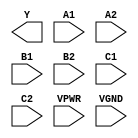
/**
 * Copyright 2020 The SkyWater PDK Authors
 *
 * Licensed under the Apache License, Version 2.0 (the "License");
 * you may not use this file except in compliance with the License.
 * You may obtain a copy of the License at
 *
 *     https://www.apache.org/licenses/LICENSE-2.0
 *
 * Unless required by applicable law or agreed to in writing, software
 * distributed under the License is distributed on an "AS IS" BASIS,
 * WITHOUT WARRANTIES OR CONDITIONS OF ANY KIND, either express or implied.
 * See the License for the specific language governing permissions and
 * limitations under the License.
 *
 * SPDX-License-Identifier: Apache-2.0
 */

`ifndef SKY130_FD_SC_HS__A222OI_PP_BLACKBOX_V
`define SKY130_FD_SC_HS__A222OI_PP_BLACKBOX_V

/**
 * a222oi: 2-input AND into all inputs of 3-input NOR.
 *
 *         Y = !((A1 & A2) | (B1 & B2) | (C1 & C2))
 *
 * Verilog stub definition (black box with power pins).
 *
 * WARNING: This file is autogenerated, do not modify directly!
 */

`timescale 1ns / 1ps
`default_nettype none

(* blackbox *)
module sky130_fd_sc_hs__a222oi (
    Y   ,
    A1  ,
    A2  ,
    B1  ,
    B2  ,
    C1  ,
    C2  ,
    VPWR,
    VGND
);

    output Y   ;
    input  A1  ;
    input  A2  ;
    input  B1  ;
    input  B2  ;
    input  C1  ;
    input  C2  ;
    input  VPWR;
    input  VGND;
endmodule

`default_nettype wire
`endif  // SKY130_FD_SC_HS__A222OI_PP_BLACKBOX_V